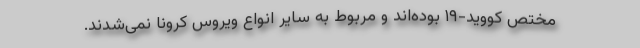
مختص کووید-۱۹ بوده‌اند و مربوط به سایر انواع ویروس کرونا نمی‌شدند.